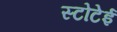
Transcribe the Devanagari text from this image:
स्टोटेई